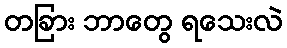
တခြား ဘာတွေ ရသေးလဲ